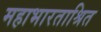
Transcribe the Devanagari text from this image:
महाभारताश्रित